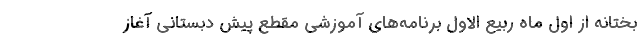
بختانه از اول ماه ربیع الاول برنامه‌های آموزشی مقطع پیش دبستانی آغاز